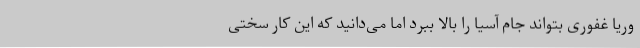
وریا غفوری بتواند جام آسیا را بالا ببرد اما می‌دانید که این کار سختی